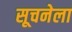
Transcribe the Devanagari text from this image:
सूचनेला